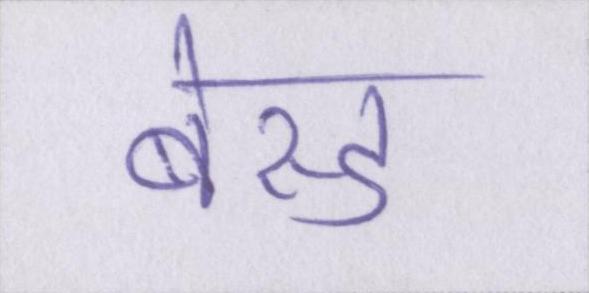
बेस्ड